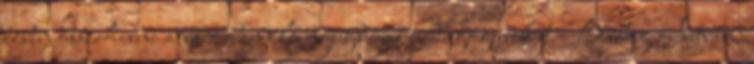
ízben összehívni a városban élő nyugdíjas pedagógusokat. Balog István: